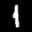
Label: 1